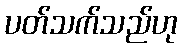
ပတ်သက်သည်ဟု